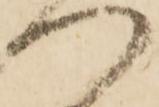
つ